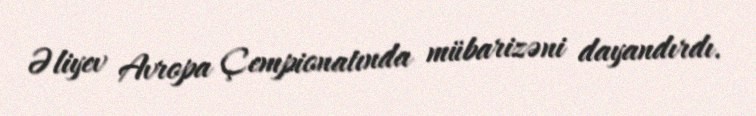
Əliyev Avropa Çempionatında mübarizəni dayandırdı.